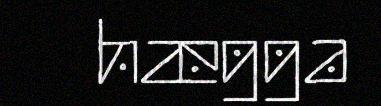
hægga